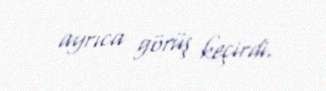
ayrıca görüş keçirdi.